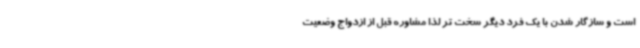
است و سازگار شدن با یک فرد دیگر سخت تر لذا مشاوره قبل از ازدواج وضعیت